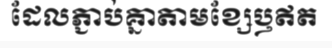
ដែលភ្ជាប់គ្នាតាមខ្សែឫឥត